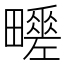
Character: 𤳶